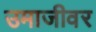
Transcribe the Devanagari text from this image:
उमाजीवर